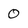
Character: 0